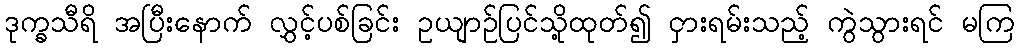
ဒုက္ခသီရိ အပြီးနောက် လွှင့်ပစ်ခြင်း ဥယျာဉ်ပြင်သို့ထုတ်၍ ငှားရမ်းသည့် ကွဲသွားရင် မကြ